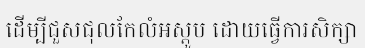
ដើម្បីជួសជុលកែលំអស្តូប ដោយធ្វើការសិក្សា